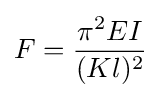
F={\frac {\pi ^{2}EI}{(Kl)^{2}}}